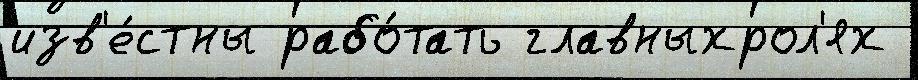
изв'е́стны рабо́тать главныхрол'ях